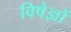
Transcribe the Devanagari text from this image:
विषेज्ञों